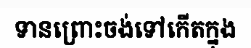
ទានព្រោះចង់ទៅកើតក្នុង